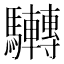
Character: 𩧜